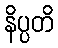
နိပ္ပတိ